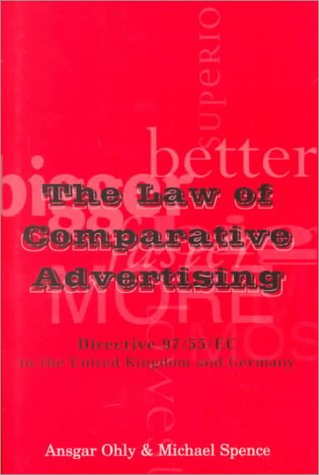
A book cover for The Law of Comparative Advertising: Directive 97/55/EC in the United Kingdom and Germa; Michael Spence; Law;